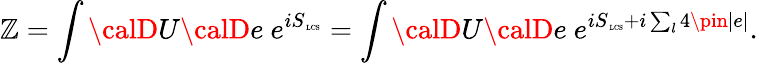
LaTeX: \mathbb{Z}=\int{\calD}U{\calD}e~e^{iS_{\mathrm{{\tiny~LCS}}}}=\int{\calD}U{\calD}e~e^{iS_{\mathrm{{\tiny~LCS}}}+i\sum_{l}4\pin|e|}.